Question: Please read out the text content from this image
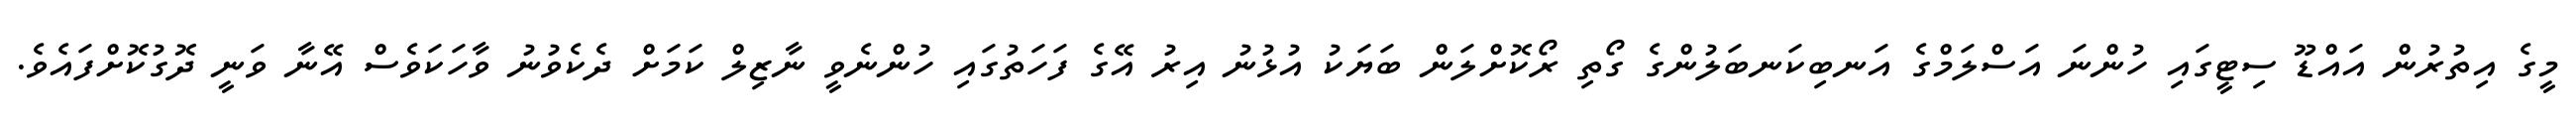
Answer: މީގެ އިތުރުން އައްޑޫ ސިޓީގައި ހުންނަ އަސްލަމްގެ އަނބިކަނބަލުންގެ ގޯތި ރޯކޮށްލަން ބަޔަކު އުޅުނު އިރު އޭގެ ފަހަތުގައި ހުންނެވީ ނާޒިލް ކަމަށް ދެކެވުނު ވާހަކަވެސް އޭނާ ވަނީ ދޮގުކޮށްފައެވެ.